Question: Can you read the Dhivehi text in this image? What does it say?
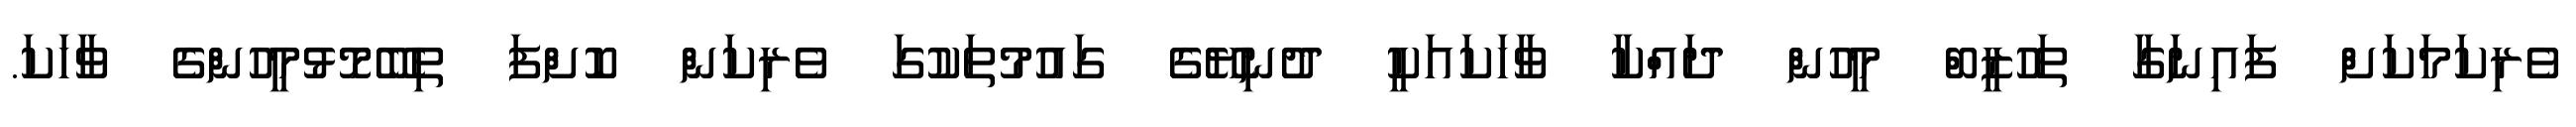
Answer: ވެރިކަމަކަށް ފައިނަގާ ތަހުޒީބް މީހުން ދައްކާ ވާހަކައަކީ ދުނިޔޭގެ ގައުމުތަކުގަ ވެރިކަން ކޮށްފަ ތިބޭމޮޅުމީހުންގެ ވާހަކަ.